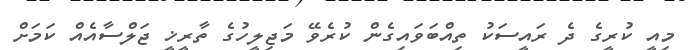
މިއީ ކުރީގެ ދެ ރައީސަކު ތިއްބަވައިގެން ކުރެވޭ މަޖިލީހުގެ ތާރީޚީ ޖަލްސާއެއް ކަމަށް